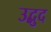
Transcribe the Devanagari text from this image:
उद्बुद